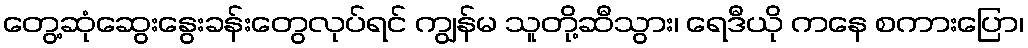
တွေ့ဆုံဆွေးနွေးခန်းတွေလုပ်ရင် ကျွန်မ သူတို့ဆီသွား၊ ရေဒီယို ကနေ စကားပြော၊